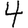
Digit: 4